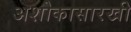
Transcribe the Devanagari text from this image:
अशोकासारखी